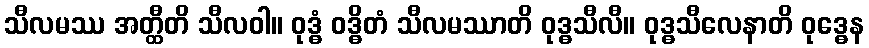
သီလမဿ အတ္ထီတိ သီလဝါ။ ဝုဒ္ဓံ ဝဒ္ဓိတံ သီလမဿာတိ ဝုဒ္ဓသီလီ။ ဝုဒ္ဓသီလေနာတိ ဝုဒ္ဓေန